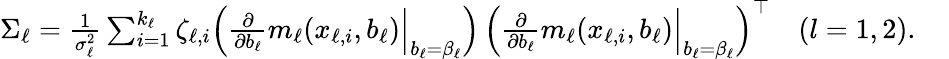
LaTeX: \begin{array}{r}{\Sigma_{\ell}=\frac{1}{\sigma_{\ell}^{2}}\sum_{i=1}^{k_{\ell}}\zeta_{\ell,i}\Big(\frac{\partial}{\partial b_{\ell}}m_{\ell}(x_{\ell,i},b_{\ell})\Big|_{b_{\ell}=\beta_{\ell}}\Big)\thinspace\Big(\frac{\partial}{\partial b_{\ell}}m_{\ell}(x_{\ell,i},b_{\ell})\Big|_{b_{\ell}=\beta_{\ell}}\Big)^{\top}~~~~(l=1,2).~~~~}\end{array}